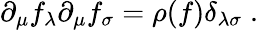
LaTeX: \partial_{\mu}f_{\lambda}\partial_{\mu}f_{\sigma}=\rho(f)\delta_{\lambda\sigma}\; .